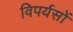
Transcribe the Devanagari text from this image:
विपर्यसों